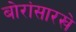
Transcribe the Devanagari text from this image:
बोरांसारखे